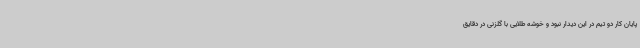
پایان کار دو تیم در این دیدار نبود و خوشه طلایی با گلزنی در دقایق